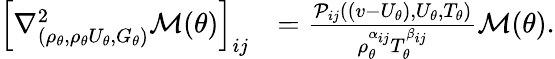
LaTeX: \begin{array}{rl}{\left[\nabla_{(\rho_{\theta},\rho_{\theta}U_{\theta},G_{\theta})}^{2}\mathcal{M}(\theta)\right]_{ij}}&{=\frac{\mathcal{P}_{ij}((v-U_{\theta}),U_{\theta},T_{\theta})}{\rho_{\theta}^{\alpha_{ij}}T_{\theta}^{\beta_{ij}}}\mathcal{M}(\theta).}\end{array}